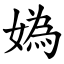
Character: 媯